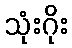
သုံးဂိုး